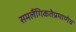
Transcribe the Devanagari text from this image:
समलैंगिकतेप्रमाणेच